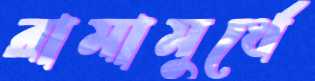
রামামুর্থে